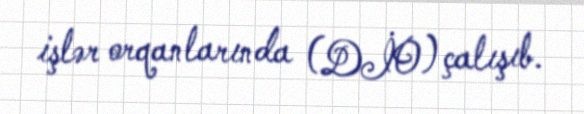
işlər orqanlarında (DİO) çalışıb.